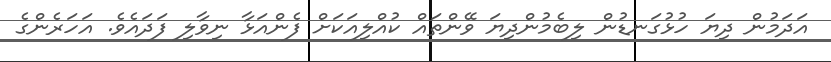
އަދަމުން ދިޔަ ހުޅުގަނޑުން ލިބެމުންދިޔަ ވޭންތައް ކުއްލިއަކަށް ފެންއަޅާ ނިވާލި ފަދައެވެ. އަހަރެންގެ